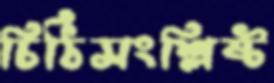
চিঠিসংশ্লিষ্ট